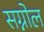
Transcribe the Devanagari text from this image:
सग्नोल